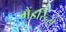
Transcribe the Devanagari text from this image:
मैंडरिन्स